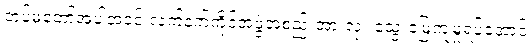
တပ်မတော်အပါအဝင် လက်နက်ကိုင်အဖွဲ့အစည်းအားလုံး သွေးမြေကျမှုရပ်အောင်